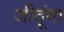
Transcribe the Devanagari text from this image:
जीतूंगा